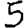
Digit: 5